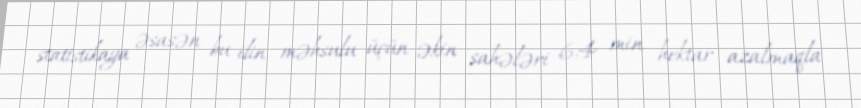
statistikaya əsasən bu ilin məhsulu üçün əkin sahələri 6,4 min hektar azalmaqla